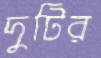
দুটির